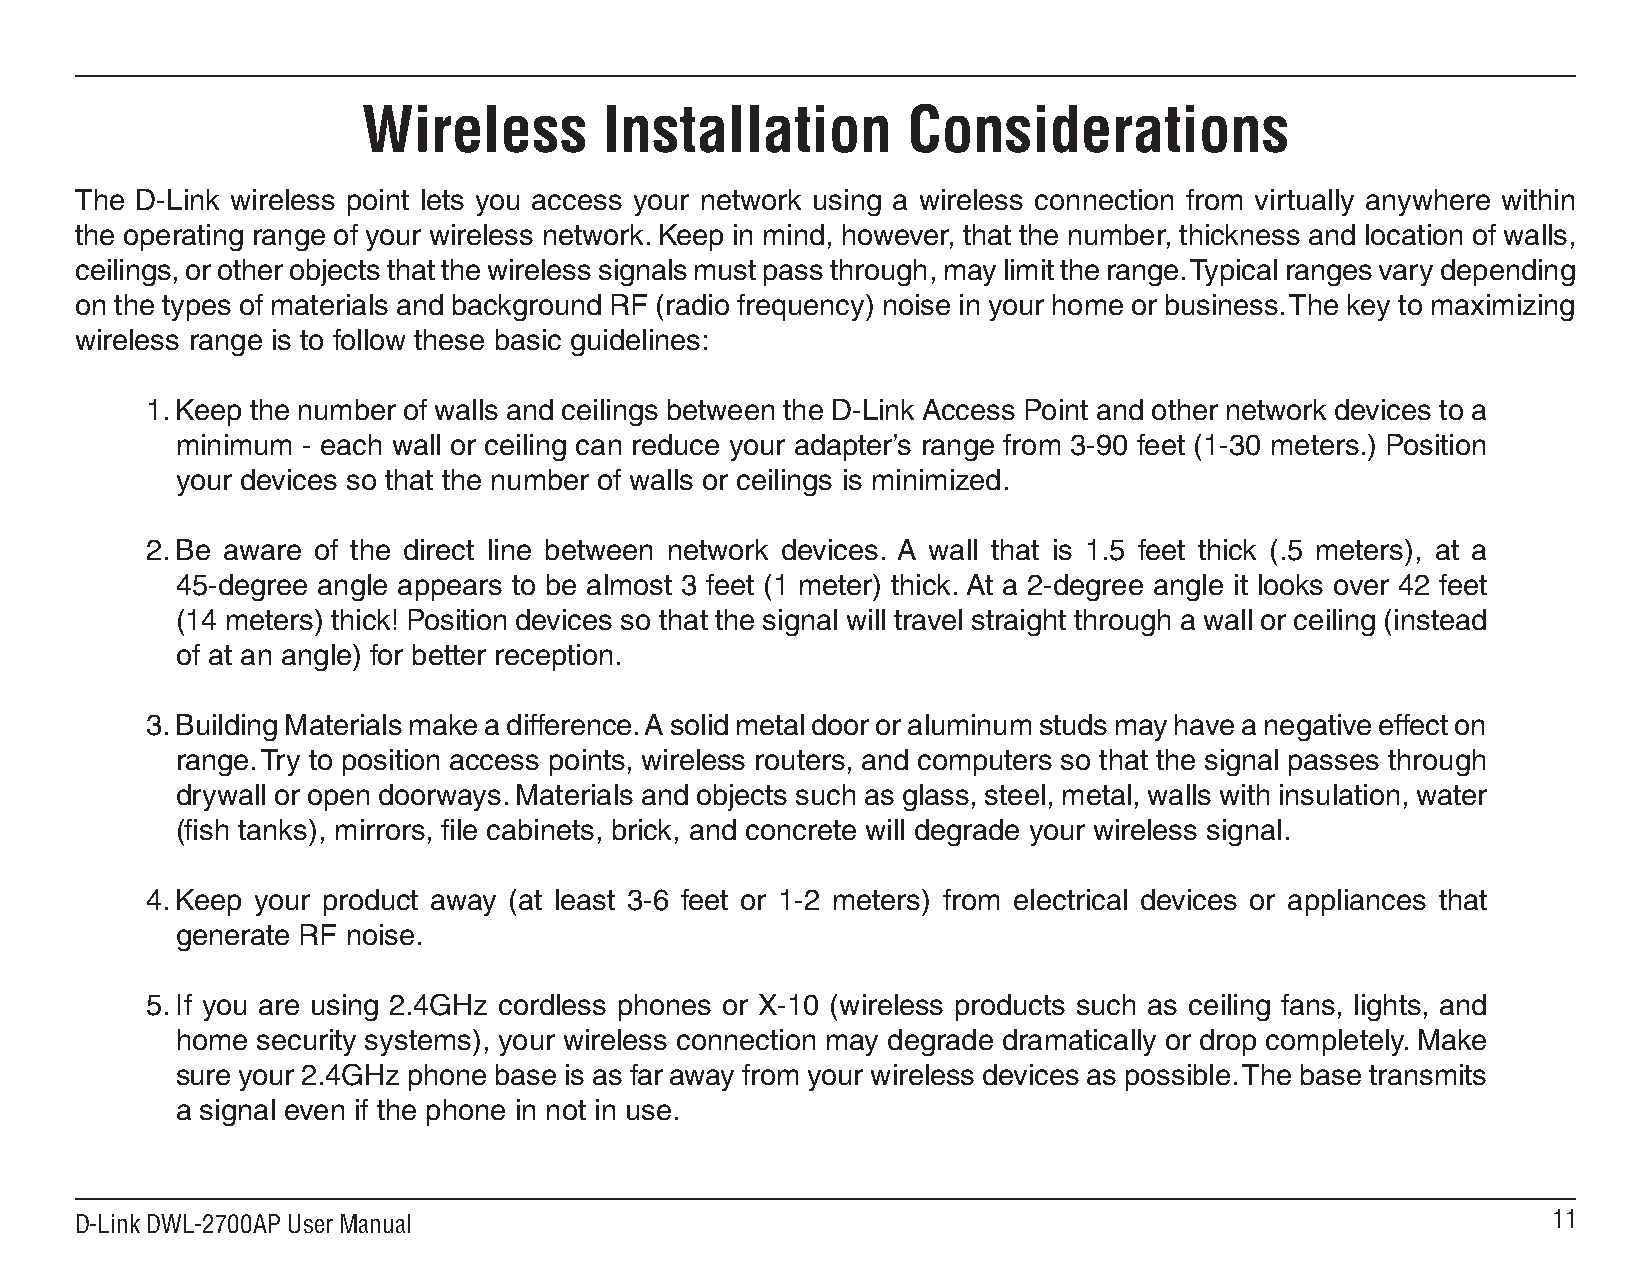
Wireless        Installation        Considerations
 The D-Link wireless point lets you access your network using a wireless connection from virtually anywhere within
 the operating range of your wireless network. Keep in mind, however, that the number, thickness and location of walls,
 ceilings, or other objects that the wireless signals must pass through, may limit the range. Typical ranges vary depending
 on the types of materials and background RF (radio frequency) noise in your home or business. The key to maximizing
 wireless range is to follow these basic guidelines:
 1. Keep the number of walls and ceilings between the D-Link Access Point and other network devices to a
 minimum - each wall or ceiling can reduce your adapter’s range from 3-90 feet (1-30 meters.) Position
 your devices so that the number of walls or ceilings is minimized.
 2. Be aware of the direct line between network devices. A wall that is 1.5 feet thick (.5 meters), at a
 45-degree angle appears to be almost 3 feet (1 meter) thick. At a 2-degree angle it looks over 42 feet
 (14 meters) thick! Position devices so that the signal will travel straight through a wall or ceiling (instead
 of at an angle) for better reception.
 3. Building Materials make a difference. A solid metal door or aluminum studs may have a negative effect on
 range. Try to position access points, wireless routers, and computers so that the signal passes through
 drywall or open doorways. Materials and objects such as glass, steel, metal, walls with insulation, water
 (fish tanks), mirrors, file cabinets, brick, and concrete will degrade your wireless signal.
 4. Keep your product away (at least 3-6 feet or 1-2 meters) from electrical devices or appliances that
 generate RF noise.
 5. If you are using 2.4GHz cordless phones or X-10 (wireless products such as ceiling fans, lights, and
 home security systems), your wireless connection may degrade dramatically or drop completely. Make
 sure your 2.4GHz phone base is as far away from your wireless devices as possible. The base transmits
 a signal even if the phone in not in use.
 D-Link DWL-2700AP User Manual                                                                     11